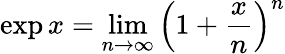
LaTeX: \exp x=\operatorname*{lim}_{n\to\infty}\left(1+{\frac{x}{n}}\right)^{n}